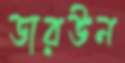
ডারউন